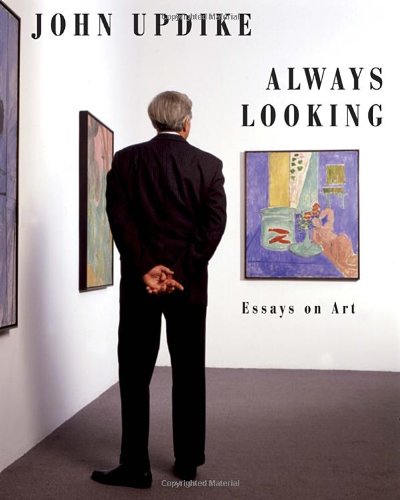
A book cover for Always Looking: Essays on Art; John Updike; Arts & Photography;